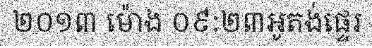
២០១៣ ម៉ោង ០៩:២៣អូតង់ផ្ទេរ